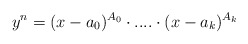
\begin{align*} y^n=(x-a_0)^{A_0} \cdot....\cdot (x-a_k)^{A_k}\end{align*}